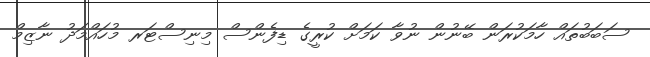
ސަބަބުތައް ހާމަކުރަން ބޭނުން ނުވާ ކަމަށް ކުރީގެ ޑިފެންސް މިނިސްޓަރ މުހައްމަދު ނާޒިމް